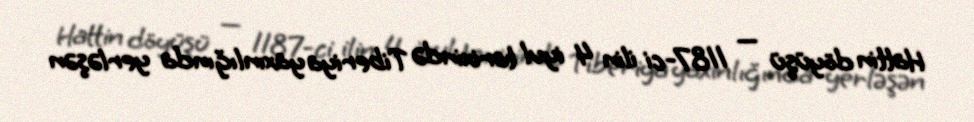
Hattin döyüşü — 1187-ci ilin 4 iyul tarixində Tiberiya yaxınlığında yerləşən